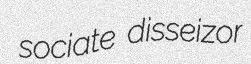
sociate disseizor